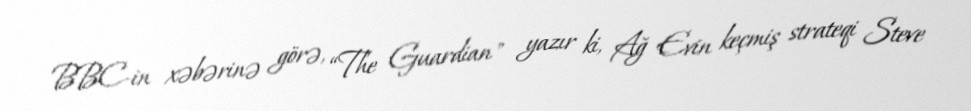
BBC-in xəbərinə görə, “The Guardian" yazır ki, Ağ Evin keçmiş strateqi Steve